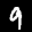
Digit: 9